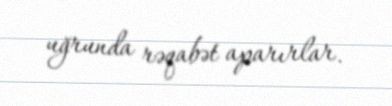
uğrunda rəqabət aparırlar.